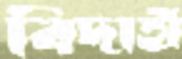
বিদাহী